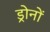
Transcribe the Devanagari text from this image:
ड्रोनों